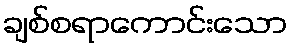
ချစ်စရာကောင်းသော